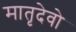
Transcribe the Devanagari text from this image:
मातृदेवो